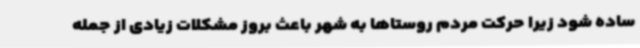
ساده شود زیرا حرکت مردم روستاها به شهر باعث بروز مشکلات زیادی از جمله